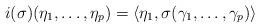
LaTeX: \begin{align*}i(\sigma)(\eta_1,\ldots,\eta_p) = \langle \eta_1,\sigma(\gamma_1,\ldots,\gamma_p)\rangle\end{align*}